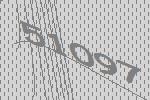
51097